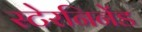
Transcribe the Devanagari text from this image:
स्टेरनिनेंड